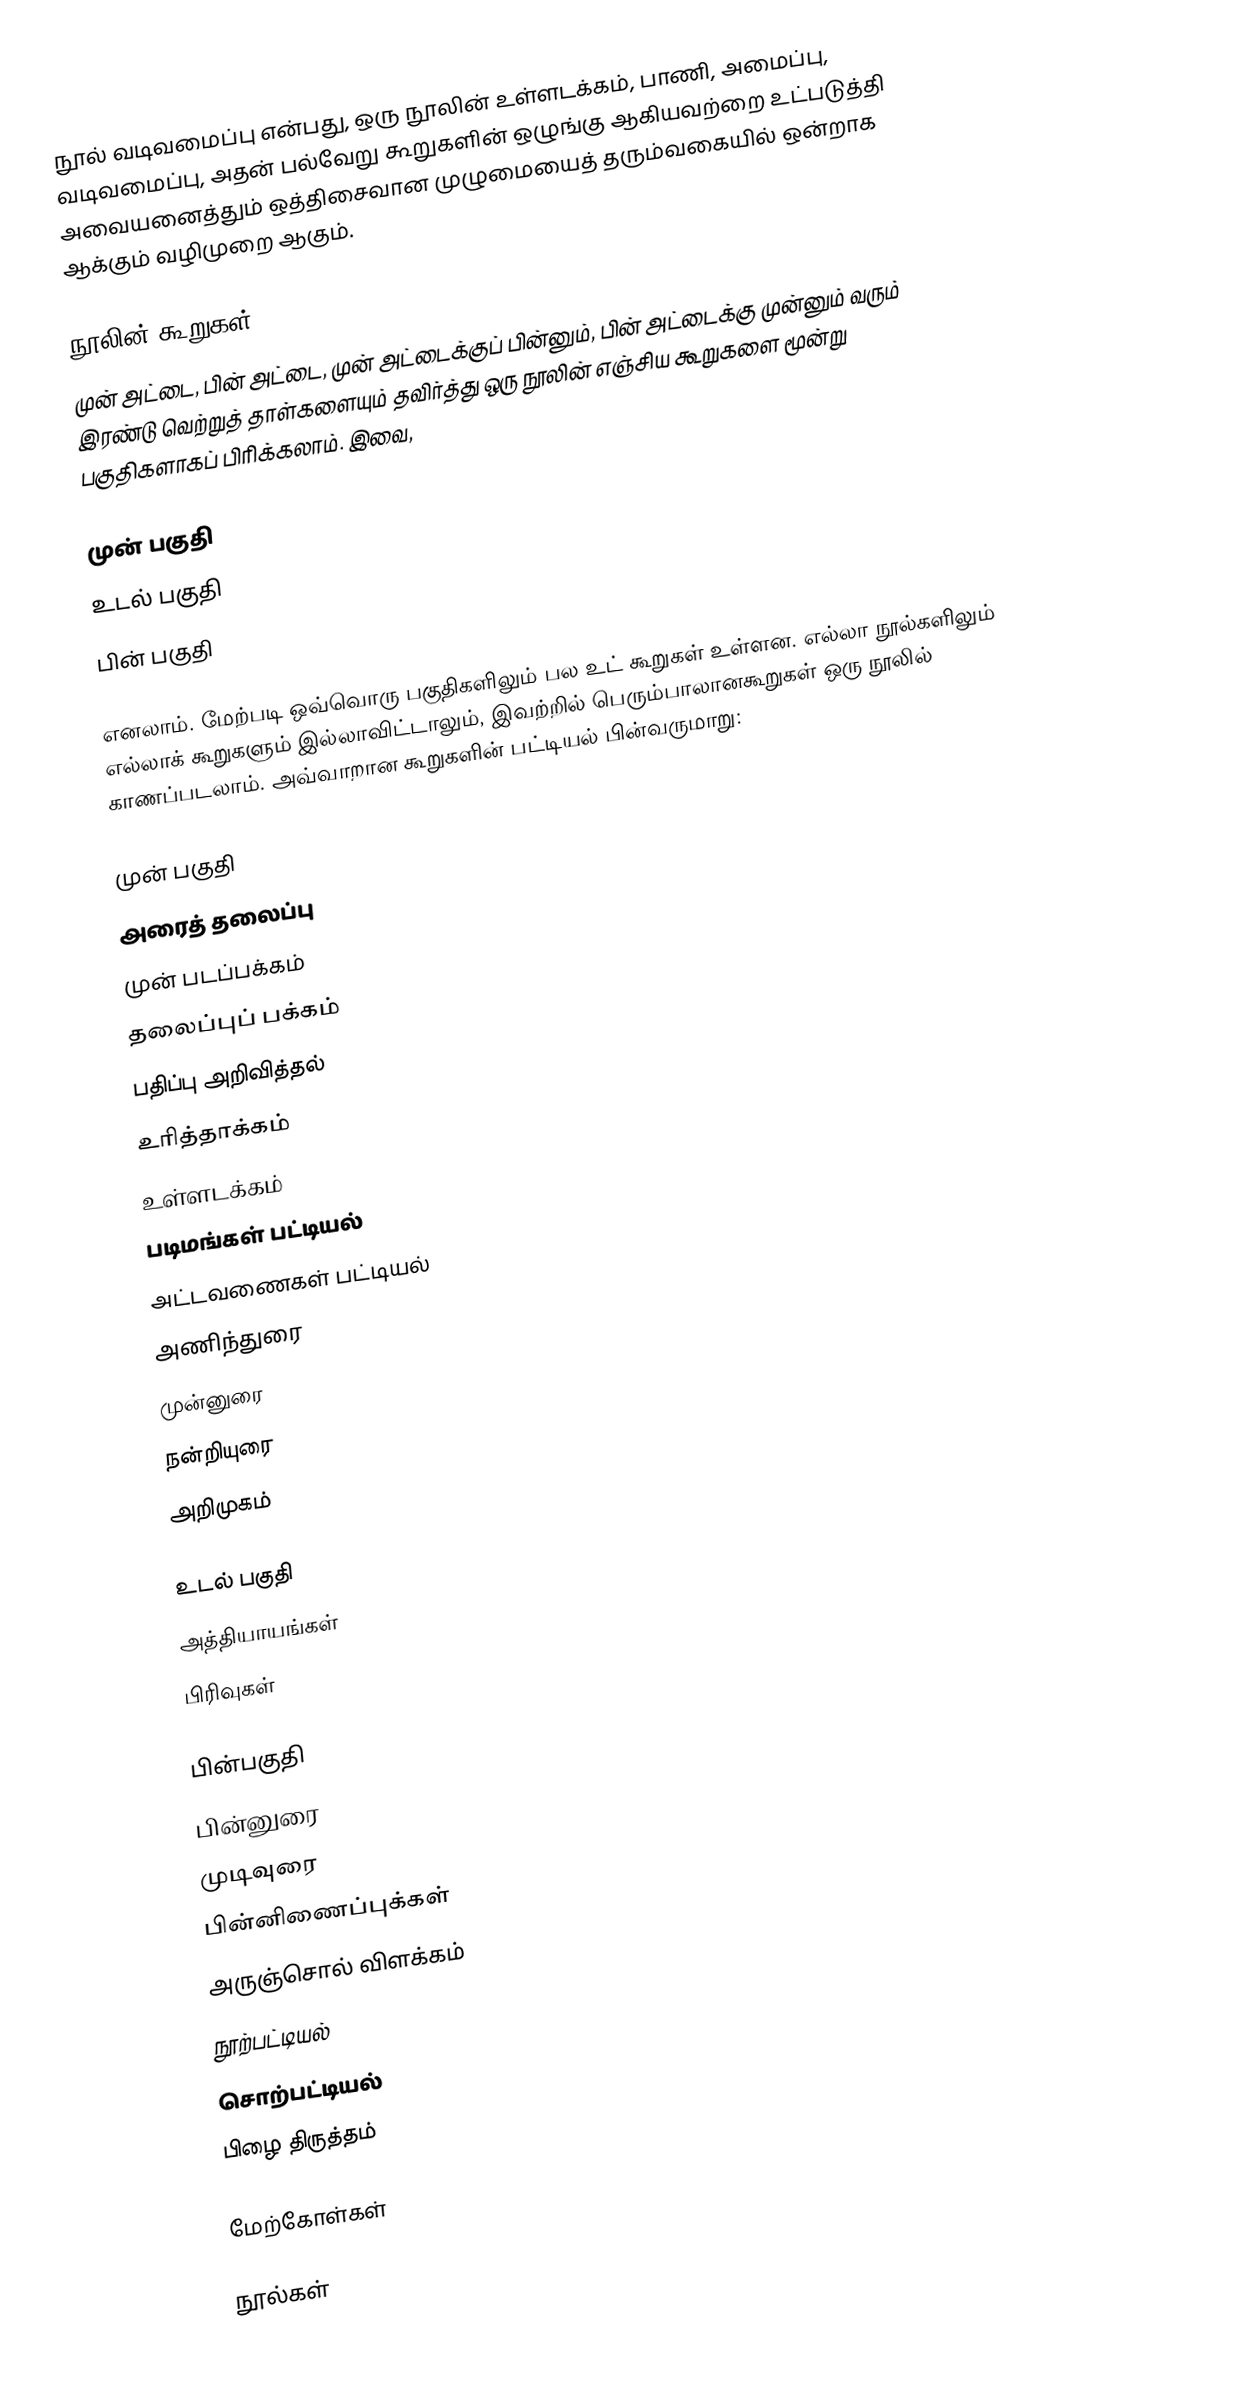
நூல் வடிவமைப்பு என்பது, ஒரு நூலின் உள்ளடக்கம், பாணி, அமைப்பு, வடிவமைப்பு, அதன் பல்வேறு கூறுகளின் ஒழுங்கு ஆகியவற்றை உட்படுத்தி அவையனைத்தும் ஒத்திசைவான முழுமையைத் தரும்வகையில் ஒன்றாக ஆக்கும் வழிமுறை ஆகும்.

நூலின் கூறுகள்
முன் அட்டை, பின் அட்டை, முன் அட்டைக்குப் பின்னும், பின் அட்டைக்கு முன்னும் வரும் இரண்டு வெற்றுத் தாள்களையும் தவிர்த்து ஒரு நூலின் எஞ்சிய கூறுகளை மூன்று பகுதிகளாகப் பிரிக்கலாம். இவை,

 முன் பகுதி
 உடல் பகுதி
 பின் பகுதி

எனலாம். மேற்படி ஒவ்வொரு பகுதிகளிலும் பல உட் கூறுகள் உள்ளன. எல்லா நூல்களிலும் எல்லாக் கூறுகளும் இல்லாவிட்டாலும், இவற்றில் பெரும்பாலானகூறுகள் ஒரு நூலில் காணப்படலாம். அவ்வாறான கூறுகளின் பட்டியல் பின்வருமாறு:

 முன் பகுதி
 அரைத் தலைப்பு
 முன் படப்பக்கம்
 தலைப்புப் பக்கம்
 பதிப்பு அறிவித்தல்
 உரித்தாக்கம்
 உள்ளடக்கம்
 படிமங்கள் பட்டியல்
 அட்டவணைகள் பட்டியல்
 அணிந்துரை
 முன்னுரை
 நன்றியுரை
 அறிமுகம்

 உடல் பகுதி
 அத்தியாயங்கள்
 பிரிவுகள்

 பின்பகுதி
 பின்னுரை
 முடிவுரை
 பின்னிணைப்புக்கள்
 அருஞ்சொல் விளக்கம்
 நூற்பட்டியல்
 சொற்பட்டியல்
 பிழை திருத்தம்

மேற்கோள்கள்

 நூல்கள்